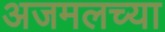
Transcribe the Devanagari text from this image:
अजमलच्या